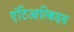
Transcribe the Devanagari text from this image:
एंटिआल्किडस